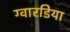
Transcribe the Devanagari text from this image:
ग्वारडिया